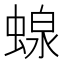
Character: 𧍭